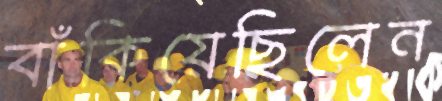
বাঁকিয়েছিলেন